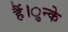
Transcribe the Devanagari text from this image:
हैं।ुन्के